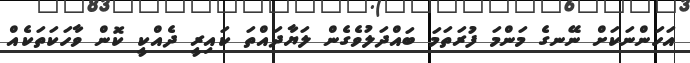
އަހަންނަކަށް ނޭނގެ މަންމަ ފުރަތަމަ ބައްދަލުވެގެން ލަޔާދައްތަ ކައިރީ ދެއްކީ ކޮން ވާހަކަތަކެއް